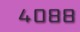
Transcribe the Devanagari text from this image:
४०८८